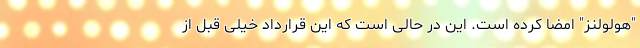
"هولولنز" امضا کرده است. این در حالی است که این قرارداد خیلی قبل از